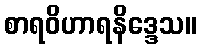
စာရဝိဟာရနိဒ္ဒေသ။